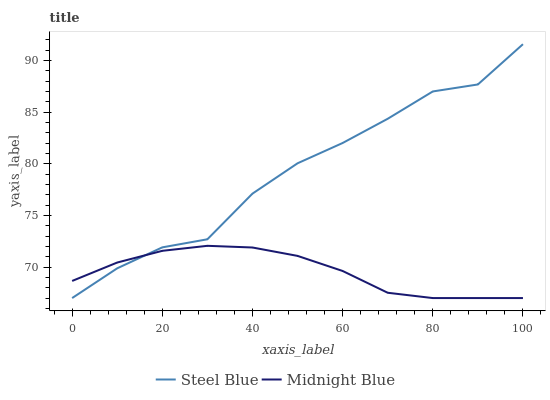
| xaxis_label | Steel Blue | Midnight Blue |
 | --- | --- | --- |
 | 0 | 67 | 68.7 |
 | 10 | 69.9 | 70.4 |
 | 20 | 71.9 | 71.6 |
 | 30 | 72.7 | 72.1 |
 | 40 | 77.1 | 71.9 |
 | 50 | 80 | 71.1 |
 | 60 | 82 | 69.6 |
 | 70 | 84.3 | 67.5 |
 | 80 | 87 | 67 |
 | 90 | 87.7 | 67 |
 | 100 | 91.6 | 67 |